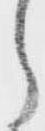
ら